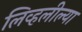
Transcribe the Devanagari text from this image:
लिव्हलील्या